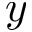
y